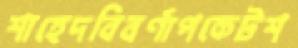
শাহেদবিবর্ণাপকেটশ